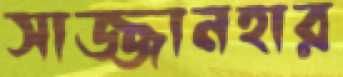
সাজ্জানহার